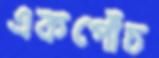
একপোঁচ